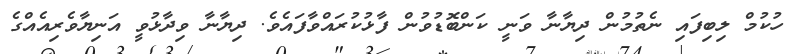
ހުކުމް ލިބިފައި ނެތުމުން ދިޔާނާ ވަނީ ކަންބޮޑުވުން ފާޅުކުރައްވާފައެވެ. ދިޔާނާ ވިދާޅުވީ އަނިޔާވެރިއެއްގެ